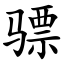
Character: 骠